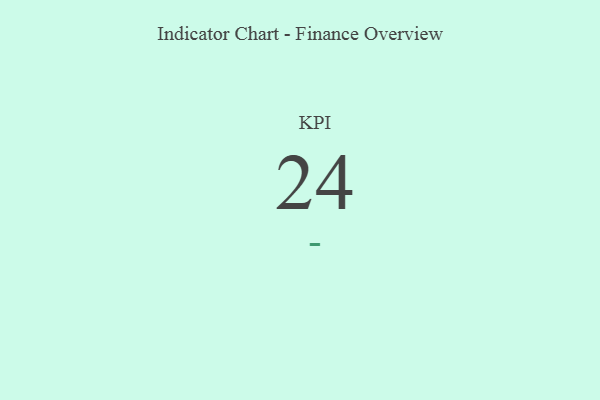
{"axis": {"x": "KPI", "y": "Value"}, "legend": [""], "data": [{"x": "KPI", "y": 24, "type": ""}]}